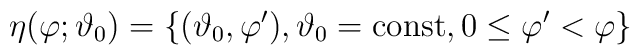
\eta (\varphi; \vartheta_{0}) =\{(\vartheta_{0}, \varphi'), \vartheta_{0} = \mbox{const},     0 \leq \varphi' < \varphi \}